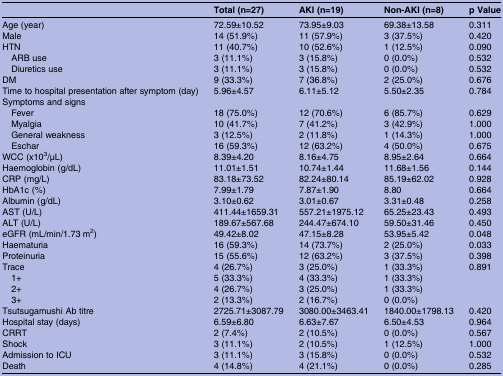
<table><thead><tr><td></td><td><b>Total (n=27)</b></td><td><b>AKI (n=19)</b></td><td><b>Non-AKI (n=8)</b></td><td><b>p Value</b></td></tr></thead><tbody><tr><td>Age (year)</td><td>72.59±10.52</td><td>73.95±9.03</td><td>69.38±13.58</td><td>0.311</td></tr><tr><td>Male</td><td>14 (51.9%)</td><td>11 (57.9%)</td><td>3 (37.5%)</td><td>0.420</td></tr><tr><td>HTN</td><td>11 (40.7%)</td><td>10 (52.6%)</td><td>1 (12.5%)</td><td>0.090</td></tr><tr><td> ARB use</td><td>3 (11.1%)</td><td>3 (15.8%)</td><td>0 (0.0%)</td><td>0.532</td></tr><tr><td> Diuretics use</td><td>3 (11.1%)</td><td>3 (15.8%)</td><td>0 (0.0%)</td><td>0.532</td></tr><tr><td>DM</td><td>9 (33.3%)</td><td>7 (36.8%)</td><td>2 (25.0%)</td><td>0.676</td></tr><tr><td>Time to hospital presentation after symptom (day)</td><td>5.96±4.57</td><td>6.11±5.12</td><td>5.50±2.35</td><td>0.784</td></tr><tr><td colspan="5">Symptoms and signs</td></tr><tr><td> Fever</td><td>18 (75.0%)</td><td>12 (70.6%)</td><td>6 (85.7%)</td><td>0.629</td></tr><tr><td> Myalgia</td><td>10 (41.7%)</td><td>7 (41.2%)</td><td>3 (42.9%)</td><td>1.000</td></tr><tr><td> General weakness</td><td>3 (12.5%)</td><td>2 (11.8%)</td><td>1 (14.3%)</td><td>1.000</td></tr><tr><td> Eschar</td><td>16 (59.3%)</td><td>12 (63.2%)</td><td>4 (50.0%)</td><td>0.675</td></tr><tr><td>WCC (x10<sup>3</sup>/μL)</td><td>8.39±4.20</td><td>8.16±4.75</td><td>8.95±2.64</td><td>0.664</td></tr><tr><td>Haemoglobin (g/dL)</td><td>11.01±1.51</td><td>10.74±1.44</td><td>11.68±1.56</td><td>0.144</td></tr><tr><td>CRP (mg/L)</td><td>83.18±73.52</td><td>82.24±80.14</td><td>85.19±62.02</td><td>0.928</td></tr><tr><td>HbA1c (%)</td><td>7.99±1.79</td><td>7.87±1.90</td><td>8.80</td><td>0.664</td></tr><tr><td>Albumin (g/dL)</td><td>3.10±0.62</td><td>3.01±0.67</td><td>3.31±0.48</td><td>0.258</td></tr><tr><td>AST (U/L)</td><td>411.44±1659.31</td><td>557.21±1975.12</td><td>65.25±23.43</td><td>0.493</td></tr><tr><td>ALT (U/L)</td><td>189.67±567.68</td><td>244.47±674.10</td><td>59.50±31.46</td><td>0.450</td></tr><tr><td>eGFR (mL/min/1.73 m<sup>2</sup>)</td><td>49.42±8.02</td><td>47.15±8.28</td><td>53.95±5.42</td><td>0.048</td></tr><tr><td>Haematuria</td><td>16 (59.3%)</td><td>14 (73.7%)</td><td>2 (25.0%)</td><td>0.033</td></tr><tr><td>Proteinuria</td><td>15 (55.6%)</td><td>12 (63.2%)</td><td>3 (37.5%)</td><td>0.398</td></tr><tr><td>Trace</td><td>4 (26.7%)</td><td>3 (25.0%)</td><td>1 (33.3%)</td><td>0.891</td></tr><tr><td> 1+</td><td>5 (33.3%)</td><td>4 (33.3%)</td><td>1 (33.3%)</td><td></td></tr><tr><td> 2+</td><td>4 (26.7%)</td><td>3 (25.0%)</td><td>1 (33.3%)</td><td></td></tr><tr><td> 3+</td><td>2 (13.3%)</td><td>2 (16.7%)</td><td>0 (0.0%)</td><td></td></tr><tr><td>Tsutsugamushi Ab titre</td><td>2725.71±3087.79</td><td>3080.00±3463.41</td><td>1840.00±1798.13</td><td>0.420</td></tr><tr><td>Hospital stay (days)</td><td>6.59±6.80</td><td>6.63±7.67</td><td>6.50±4.53</td><td>0.964</td></tr><tr><td>CRRT</td><td>2 (7.4%)</td><td>2 (10.5%)</td><td>0 (0.0%)</td><td>0.567</td></tr><tr><td>Shock</td><td>3 (11.1%)</td><td>2 (10.5%)</td><td>1 (12.5%)</td><td>1.000</td></tr><tr><td>Admission to ICU</td><td>3 (11.1%)</td><td>3 (15.8%)</td><td>0 (0.0%)</td><td>0.532</td></tr><tr><td>Death</td><td>4 (14.8%)</td><td>4 (21.1%)</td><td>0 (0.0%)</td><td>0.285</td></tr></tbody></table>